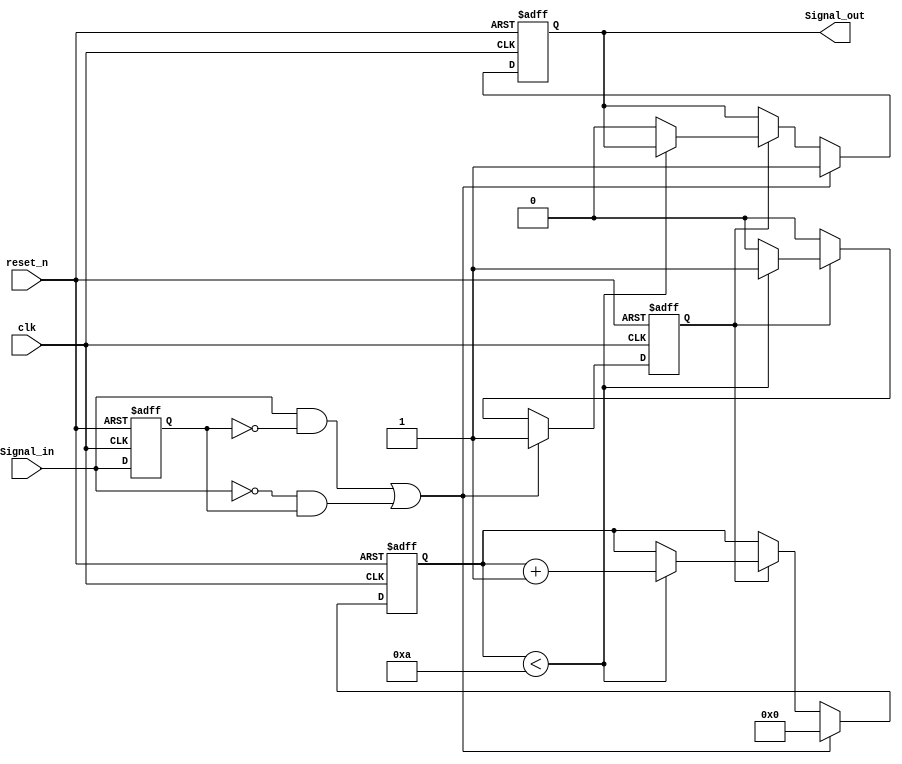
module MonostableEdgeDetector #(
    parameter PULSE_WIDTH = 10 // Pulse width in clock cycles
) (
    input wire clk,            // Clock signal
    input wire reset_n,        // Active-low reset
    input wire Signal_in,      // Input signal to detect edges
    output reg Signal_out      // Output pulse
);

    reg Signal_in_d;           // Delayed version of Signal_in
    reg [3:0] counter;         // Counter for pulse width
    reg pulse_active;          // Flag to indicate if pulse is active

    // Edge Detection Logic
    always @(posedge clk or negedge reset_n) begin
        if (!reset_n) begin
            Signal_in_d <= 1'b0;
        end else begin
            Signal_in_d <= Signal_in; // Sample the input signal
        end
    end

    // Pulse Generation Logic
    always @(posedge clk or negedge reset_n) begin
        if (!reset_n) begin
            Signal_out <= 1'b0;
            pulse_active <= 1'b0;
            counter <= 0;
        end else begin
            if ((Signal_in & ~Signal_in_d) | (~Signal_in & Signal_in_d)) begin // Rising or falling edge detected
                Signal_out <= 1'b1; // Start pulse
                pulse_active <= 1'b1; // Set pulse active flag
                counter <= 0; // Reset counter
            end else if (pulse_active) begin
                if (counter < PULSE_WIDTH) begin
                    counter <= counter + 1; // Increment pulse width counter
                end else begin
                    Signal_out <= 1'b0; // End pulse
                    pulse_active <= 1'b0; // Clear pulse active flag
                end
            end
        end
    end
endmodule